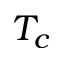
T _ { c }